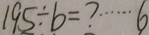
1 9 5 \div b = ? \cdots 6